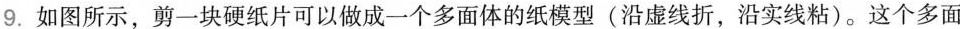
9.如图所示，剪一块硬纸片可以做成一个多面体的纸模型(沿虚线折，沿实线粘)。这个多面